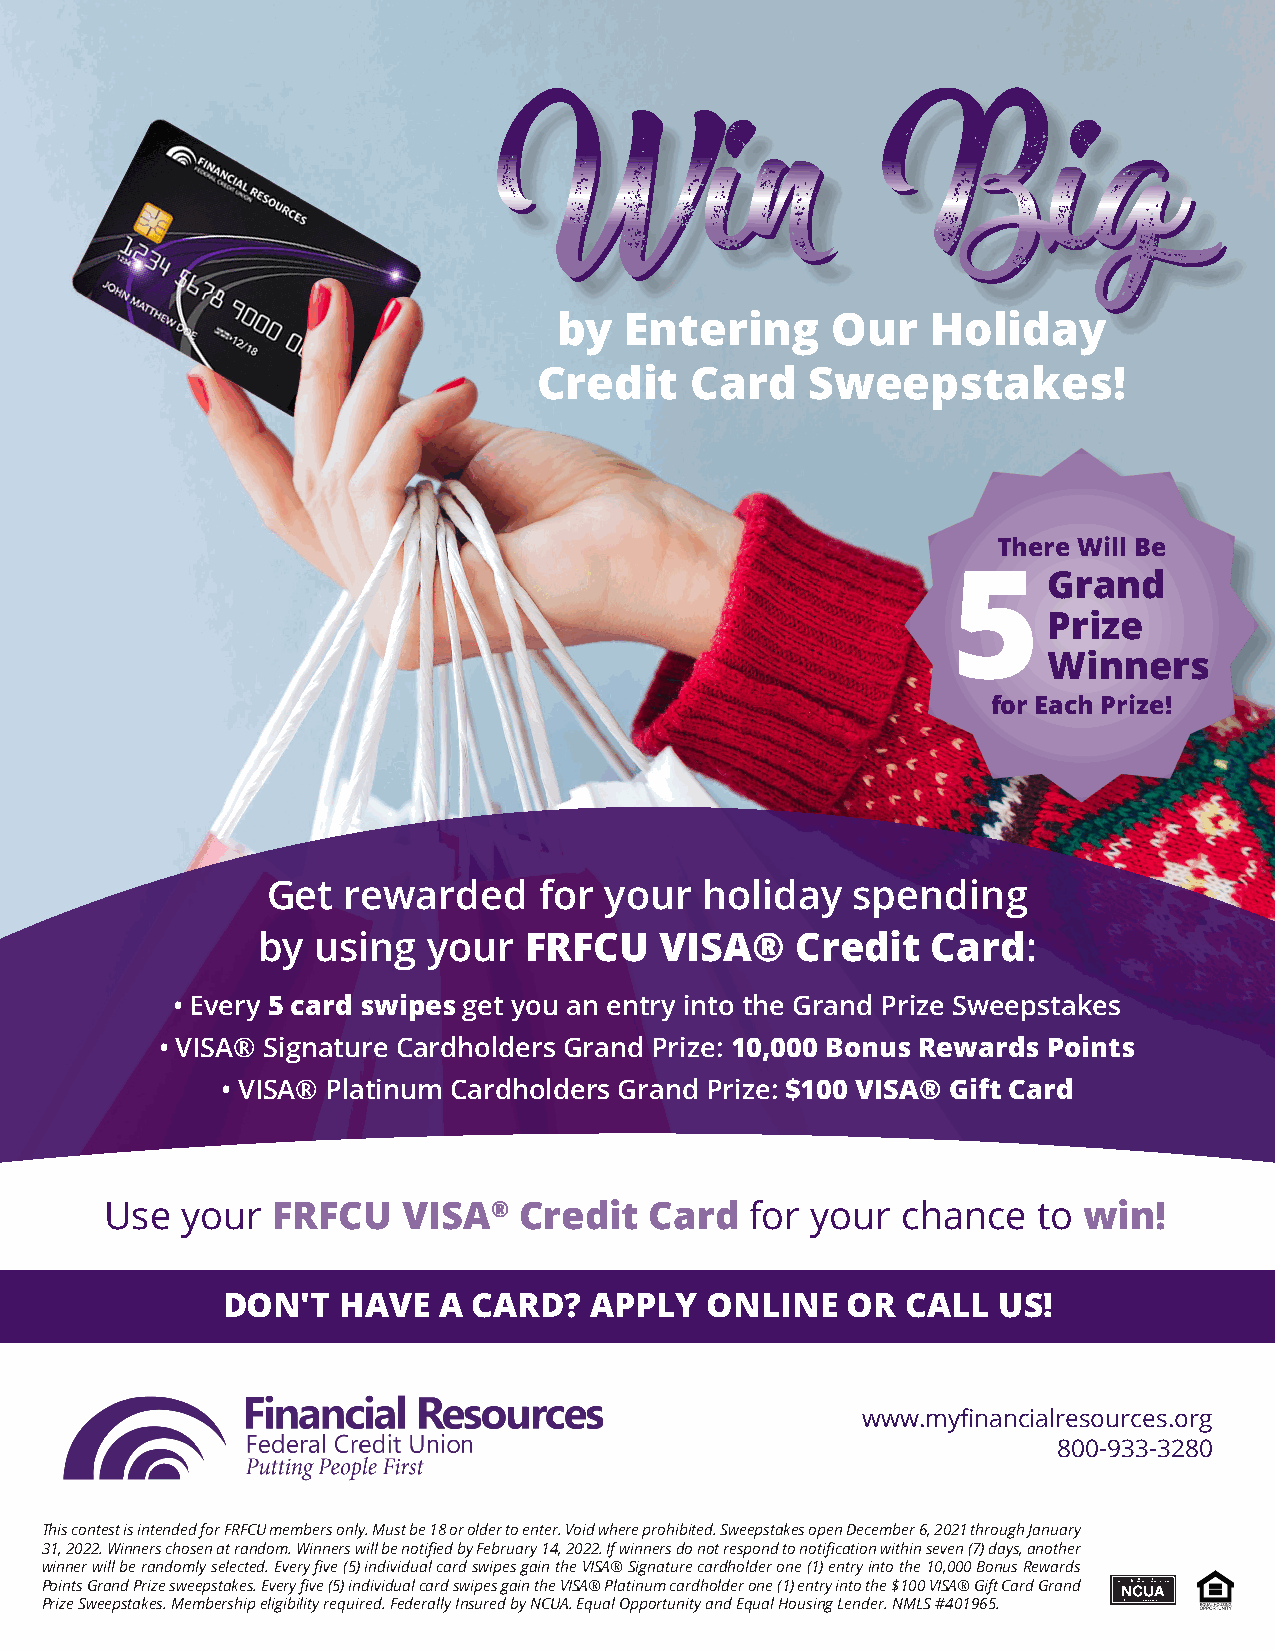
WWiinn                    BBiigg
 by  Entering      Our    Holiday
 Credit    Card    Sweepstakes!
 There Will Be
 5     Grand
 Prize
 Winners
 for Each Prize!
 Get  rewarded     for your   holiday  spending
 by  using  your   FRFCU    VISA®    Credit   Card:
 • Every 5 card swipes get you an entry into the Grand Prize Sweepstakes
 • VISA® Signature Cardholders Grand Prize: 10,000 Bonus Rewards Points
 • VISA® Platinum Cardholders Grand Prize: $100 VISA® Gift Card
 Use  your  FRFCU    VISA®  Credit   Card   for your  chance   to win!
 DON'T  HAVE   A CARD?   APPLY   ONLINE   OR  CALL  US!
 www.myfinancialresources.org
 800-933-3280
 This contest is intended for FRFCU members only. Must be 18 or older to enter. Void where prohibited. Sweepstakes open December 6, 2021 through January
 31, 2022. Winners chosen at random. Winners will be notified by February 14, 2022. If winners do not respond to notification within seven (7) days, another
 winner will be randomly selected. Every five (5) individual card swipes gain the VISA® Signature cardholder one (1) entry into the 10,000 Bonus Rewards
 Points Grand Prize sweepstakes. Every five (5) individual card swipes gain the VISA® Platinum cardholder one (1) entry into the $100 VISA® Gift Card Grand
 Prize Sweepstakes. Membership eligibility required. Federally Insured by NCUA. Equal Opportunity and Equal Housing Lender. NMLS #401965.